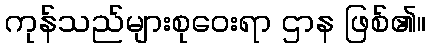
ကုန်သည်များစုဝေးရာ ဌာန ဖြစ်၏။